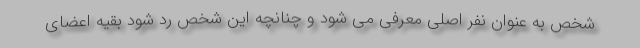
شخص به عنوان نفر اصلی معرفی می شود و چنانچه این شخص رد شود بقیه اعضای